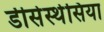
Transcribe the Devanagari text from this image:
डीसेस्थेसिया